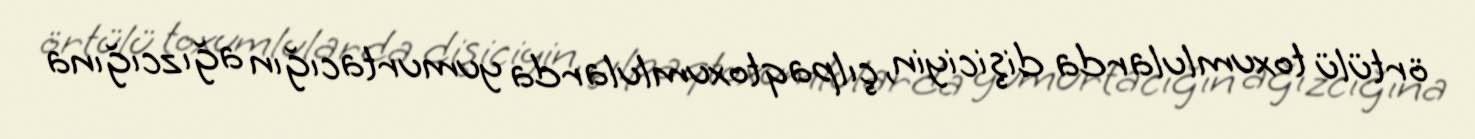
örtülü toxumlularda dişiciyin, çılpaqtoxumlularda yumurtacığın ağızcığına